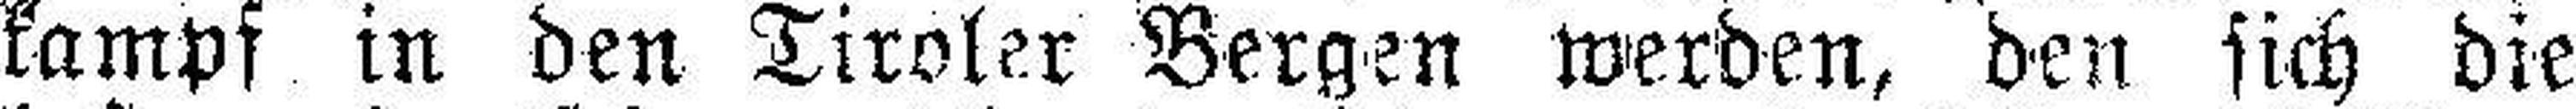
kampf in den Tiroler Bergen werden, den sich die